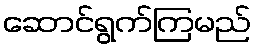
ဆောင်ရွက်ကြမည်